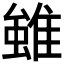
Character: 𨿽